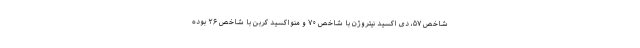
شاخص ۵۷، دی اکسید نیتروژن با شاخص ۷۰ و منواکسید کربن با شاخص ۲۶ بوده